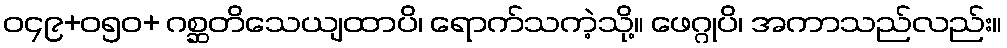
ဝ၄၉+၀၅ဝ+ ဂစ္ဆတိသေယျထာပိ၊ ရောက်သကဲ့သို့။ ဖေဂ္ဂုပိ၊ အကာသည်လည်း။